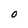
Character: 0